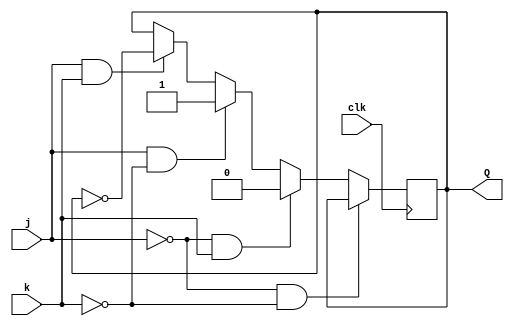
module top_module (
    input clk,
    input j,
    input k,
    output Q); 


    always @(posedge clk) begin
        
        if (~j & ~k) begin
            Q <= Q;
        end else if (~j & k) begin
            Q <= '0;
        end else if (j & ~k) begin
            Q <= '1;
        end else if (j & k) begin
            Q <= ~Q;
        end

    end


endmodule